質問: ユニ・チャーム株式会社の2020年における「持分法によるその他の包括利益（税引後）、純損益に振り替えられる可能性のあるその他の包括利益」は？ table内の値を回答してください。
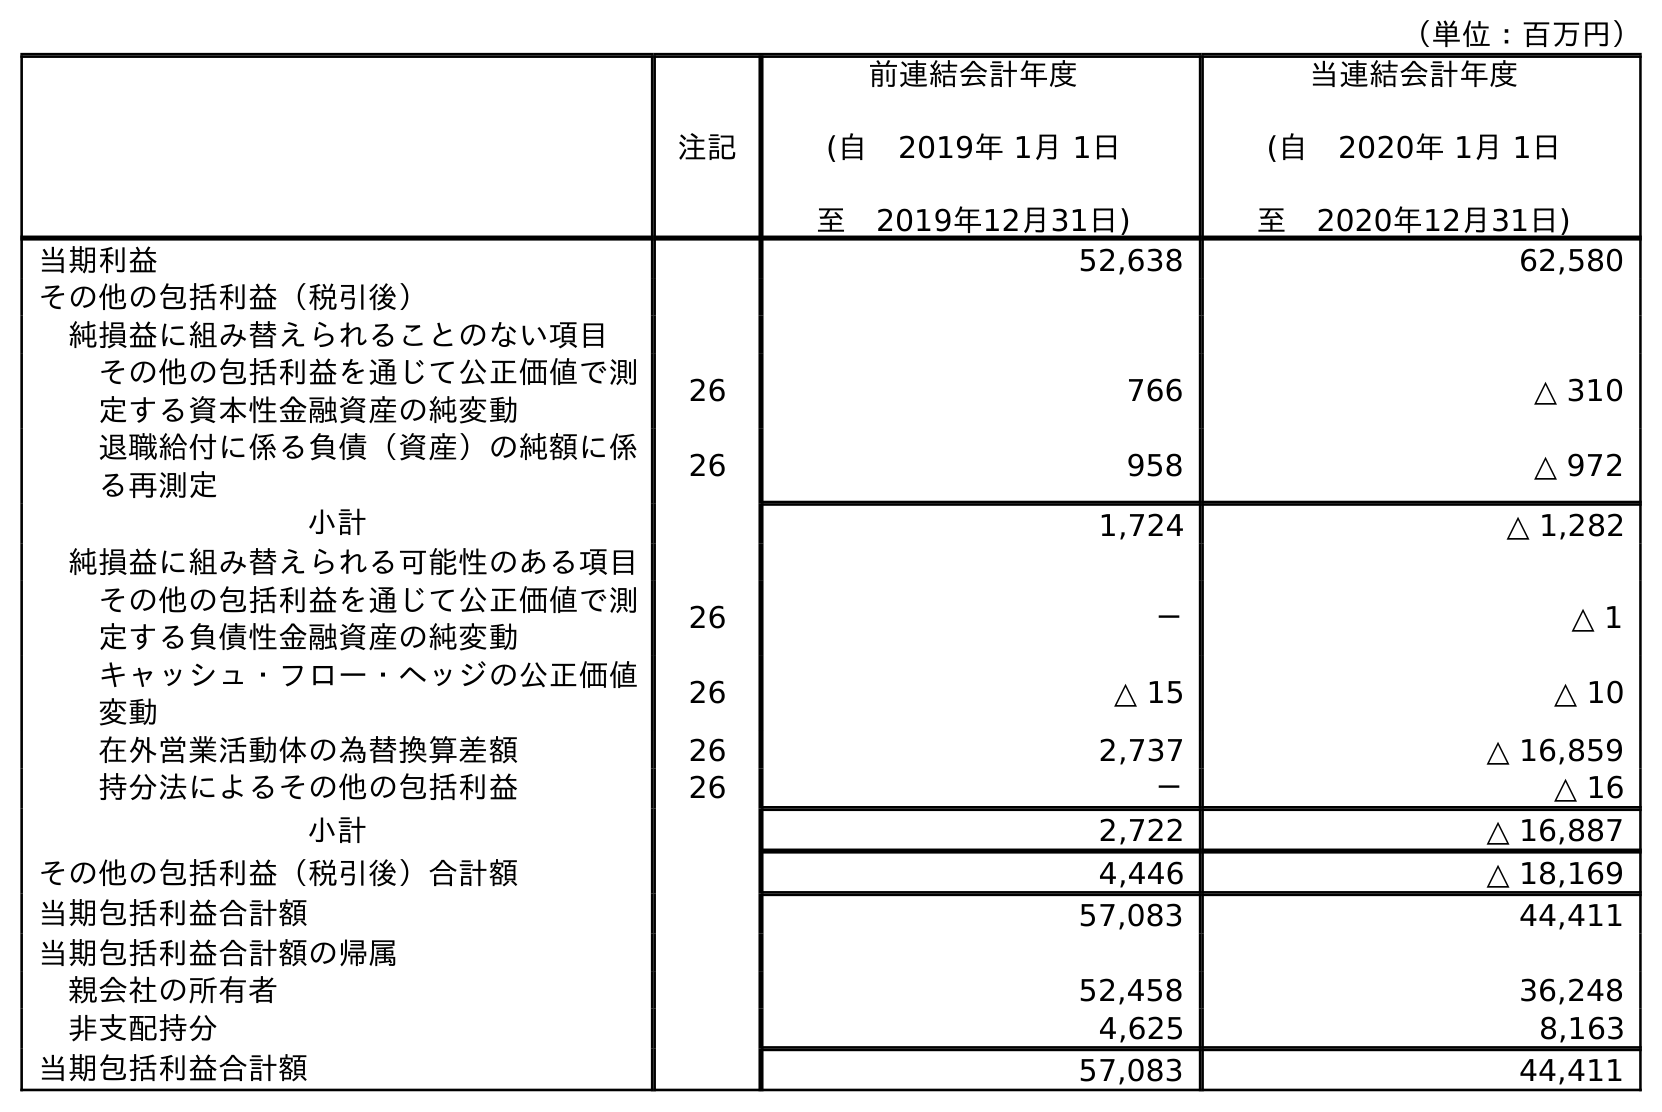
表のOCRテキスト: （単位：百万円） 注記 前連結会計年度 (自 2019年 1月 1日 至 2019年12月31日) 当連結会計年度 (自 2020年 1月 1日 至 2020年12月31日) 当期利益 52,638 62,580 その他の包括利益（税引後） 純損益に組み替えられることのない項目 その他の包括利益を通じて公正価値で測 定する資本性金融資産の純変動 26 766 △ 310 退職給付に係る負債（資産）の純額に係 る再測定 26 958 △ 972 小計 1,724 △ 1,282 純損益に組み替えられる可能性のある項目 その他の包括利益を通じて公正価値で測 定する負債性金融資産の純変動 26 － △ 1 キャッシュ・フロー・ヘッジの公正価値 変動 26 △ 15 △ 10 在外営業活動体の為替換算差額 26 2,737 △ 16,859 持分法によるその他の包括利益 26 － △ 16 小計 2,722 △ 16,887 その他の包括利益（税引後）合計額 4,446 △ 18,169 当期包括利益合計額 57,083 44,411 当期包括利益合計額の帰属 親会社の所有者 52,458 36,248 非支配持分 4,625 8,163 当期包括利益合計額 57,083 44,411
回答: △16